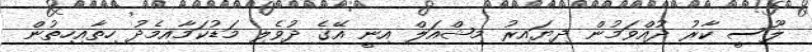
ލޫސީ ކާރު ދުއްވަމުން ދިޔައިރު މިޝްއަލް އިނީ އޭގެ ދުވެލި މަޑުކަމާއިމެދު ހިތާއިހިތުން